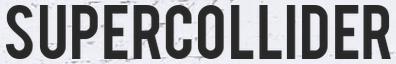
SUPERCOLLIDER